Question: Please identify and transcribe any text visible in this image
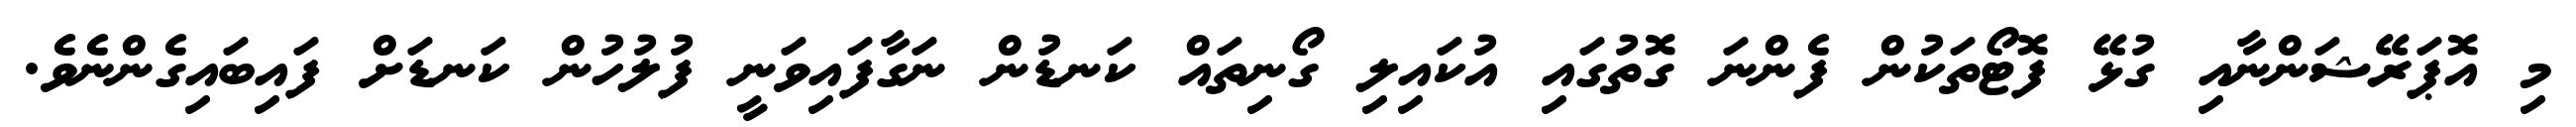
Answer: މި އޮޕަރޭޝަންނާއި ގުޅޭ ފޮޓޯތަކުން ފެންނަ ގޮތުގައި އުކައިލި ގޯނިތައް ކަނޑުން ނަގާފައިވަނީ ފުލުހުން ކަނޑަށް ފައިބައިގެންނެވެ.